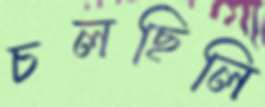
চলছিলি